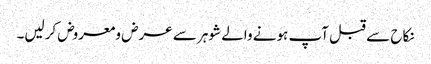
نکاح سے قبل آپ ہونے والے شوہر سے عرض ومعروض کرلیں۔